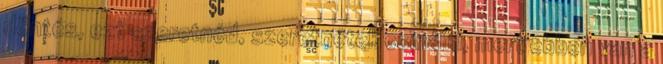
döntés, ezt szeretnéd, szeretnétek csinálni, mert ebben van a